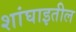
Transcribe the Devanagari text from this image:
शांघाइतील